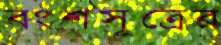
বংশসূত্রের